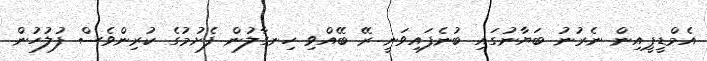
އެމްޑީޕީއިން ނެރުނު ބަޔާނުގައި ބުނެފައިވަނީ ރޭ ބޭއްވި ހިނގާލުން ފެށުމުގެ ކުރިންވެސް ފުލުހުން